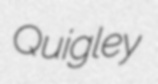
Quigley